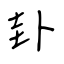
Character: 卦